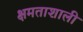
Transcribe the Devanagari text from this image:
क्षमताशाली